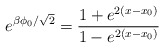
\begin{align*}e^{\beta \phi_{0}/\sqrt{2}}=\frac{1+e^{2(x-x_{0})}}{1-e^{2(x-x_{0})}}\end{align*}